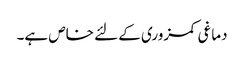
دماغی کمزوری کے لئے خاص ہے۔